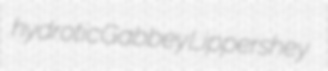
hydrotic Gabbey Lippershey